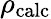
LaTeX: \rho_{\mathrm{calc}}